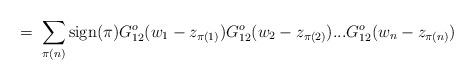
LaTeX: \begin{align*}= \; \sum_{\pi(n)} \mbox{sign}(\pi)G^o_{12}(w_1 - z_{\pi(1)}) G^o_{12}(w_2 - z_{\pi(2)}) ...G^o_{12}(w_n - z_{\pi(n)})\end{align*}